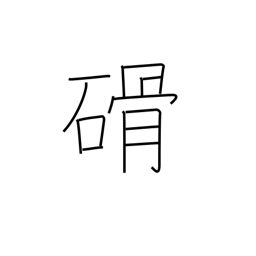
Meaning: stone implement